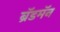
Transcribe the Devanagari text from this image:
ब्रॅडमॅन